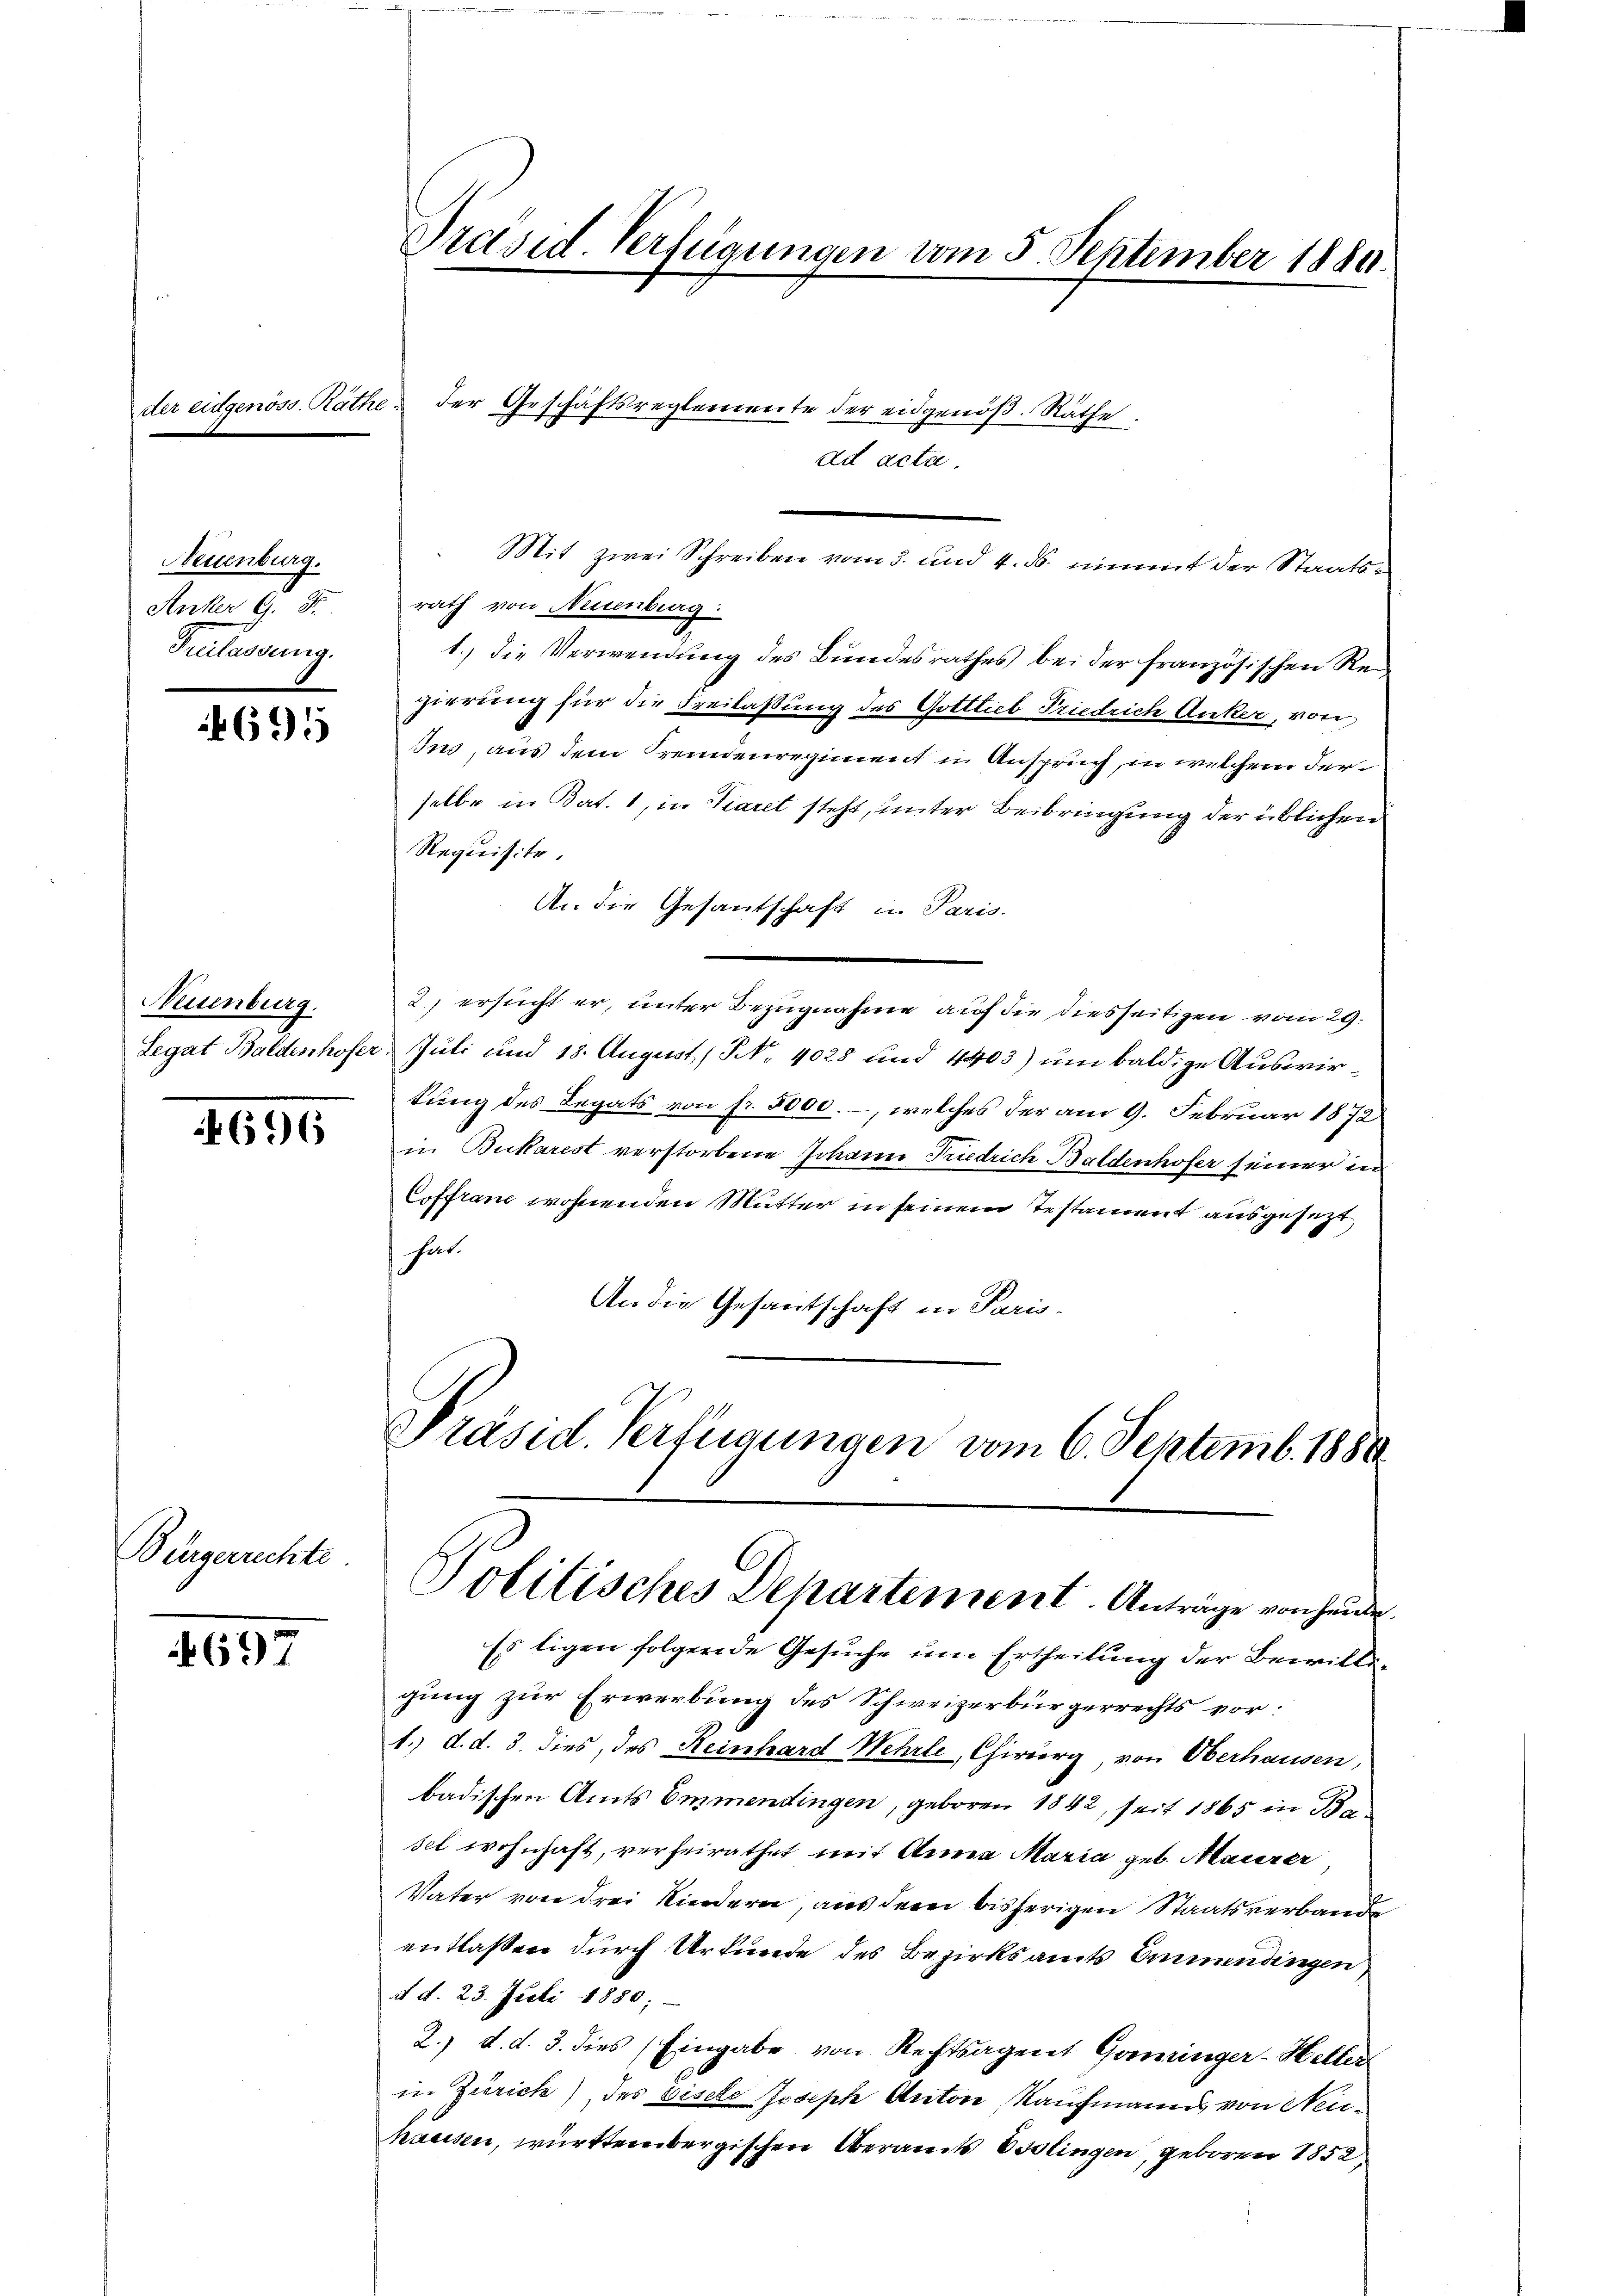
Her

Neuenburg.
Anker G. 8.
Tretendung.

695

Neuenburg.

696

Bürgerrechte.

697

le

Präsid. Verfügungen vom 5. September 1889.

Mit zwei Schreiben vom 3. und 4. ds. nimmt der Staatsrath von Neuenburg.
1.) die Verwendung des Bundesrathes bei der französischen Regierung für die Freilassung des Gottlieb Friedrich Anker, von
Ius, aus dem Fremdenregiment in Anspruch, in welchem derselbe in Bat. 1, in Tiaret steht, unter Beibringung der üblichen
Requisite.
An die Gesantschaft in Paris
2) ersucht er, unter Bezugnahme auf der diesseitigen vom 29.
Legat Baldenhofer, Juli und 18. August, N. 4028 und 4403) um baldige Auswirkung des Legats von fr. 5000. –, welches der am 9. Februar 1872
in Bukarest verstorbene Johann Friedrich Baldenhofer seiner in
Coffranz wohnenden Mutter in seinem Testament ausgesezt
hart.
An die Gesantschaft in Paris.
Präsid. Verfügungen vom 6. Septemb. 1880

der Geschäftsreglemente der eidgenöß. Räthe

ad ar
la

Politisches Departement. Anträge von heide.

Es ligen folgende Gesuche um Ertheilung der Bewilligung zur Erwerbung des Schweizerbürgerrechts vor:
1.) d. d. 3. dies, des Reinhard Wehrle, Chirurg, von Oberhausen,
badischen Amts Emmendingen, geboren 1842, seit 1865 in Baset wohnhaft, verheirathet mit Anna Maria geb. Mauerer
Vater von drei Kindern, aus der bisherigen Staatsverbande
entlassen durch Urkunde des Bezirksamts Emmendingen
d. d. 23. Juli 1880;
2.) d. d. 3. dies (Eingabe von Rechtsagent Goninger-Heller
in Zürich) des bisele Joseph Anton, Kaufmanns von Neuhausen, württembergischen Oberamts Esslingen, geboren 1852